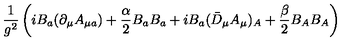
\frac { 1 } { g ^ { 2 } } \left( i B _ { a } ( \partial _ { \mu } A _ { \mu a } ) + \frac { \alpha } { 2 } B _ { a } B _ { a } + i B _ { a } ( \bar { D } _ { \mu } A _ { \mu } ) _ { A } + \frac { \beta } { 2 } B _ { A } B _ { A } \right)